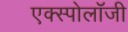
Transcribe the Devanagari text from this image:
एक्स्पोलॉजी